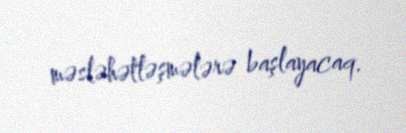
məsləhətləşmələrə başlayacaq.